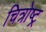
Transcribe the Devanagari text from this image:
चित्रोष्ट्र